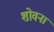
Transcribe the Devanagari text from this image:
शोवना